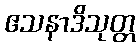
ဧသနာဒိသုတ္တ